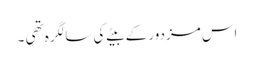
اس مزدور کے بیٹے کی سالگرہ تھی ۔